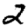
Digit: 2